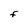
Character: F